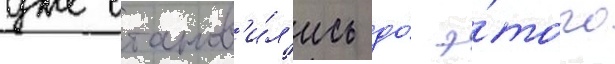
уже станов'и́л'ись до́ э́того